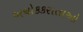
અચોકકસતાઓ